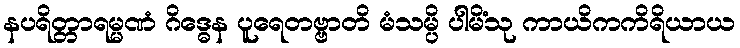
နပရိတ္တာရမ္မဏံ ဂိဒ္ဓေန ပူရေတဗ္ဗာတိ မံသမ္ပိ ပါမိံသု ကာယိကကိရိယာယ